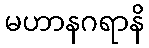
မဟာနဂရာနိ